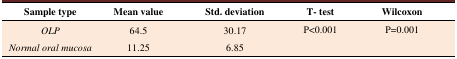
<table><thead><tr><td><b>Sample type</b></td><td><b>Mean value</b></td><td><b>Std. deviation</b></td><td><b>T- test</b></td><td><b>Wilcoxon</b></td></tr></thead><tbody><tr><td><i>OLP</i></td><td>64.5</td><td>30.17</td><td rowspan="2">P&lt;0.001</td><td rowspan="2">P=0.001</td></tr><tr><td><i>Normal oral mucosa</i></td><td>11.25</td><td>6.85</td></tr></tbody></table>